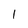
Character: I